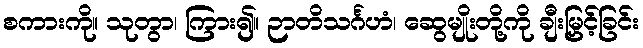
စကားကို။ သုတွာ၊ ကြား၍။ ဉာတိသင်္ဂဟံ၊ ဆွေမျိုးတို့ကို ချီးမြှင့်ခြင်း